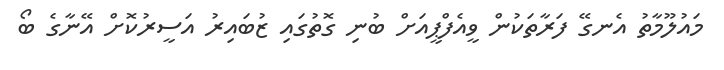
މައުލޫމާތު އެނގޭ ފަރާތަކުން ވީއެފްޕީއަށް ބުނި ގޮތުގައި ޒުބައިރު އަސީރުކޮށް އޭނާގެ ބޯ